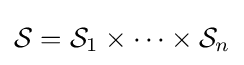
{\mathcal {S}}={\mathcal {S}}_{1}\times \cdots \times {\mathcal {S}}_{n}